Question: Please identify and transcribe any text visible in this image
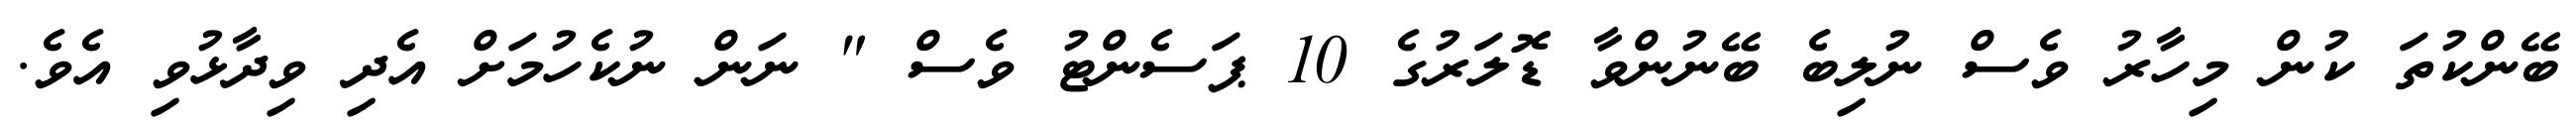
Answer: ބޭންކުތަ ކުން މިހާރު ވެސް ނުލިބެ ބޭނުންވާ ޑޮލަރުގެ 10 ޕަސެންޓު ވެސް " ނަން ނުކެހުމަށް އެދި ވިދާޅުވި އެވެ.